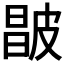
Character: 𰤮